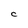
Character: C